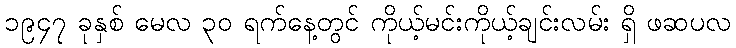
၁၉၄၇ ခုနှစ် မေလ ၃၀ ရက်နေ့တွင် ကိုယ့်မင်းကိုယ့်ချင်းလမ်း ရှိ ဖဆပလ